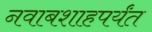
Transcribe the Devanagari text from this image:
नवाबशाहपर्यंत